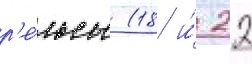
р'е́льсы (18 и́ 22